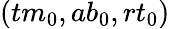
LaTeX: ({tm}_{0},{ab}_{0},{rt}_{0})